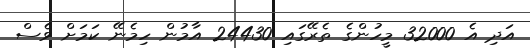
އަދި އެ 32000 މީހުންގެ ތެރޭގައި 24430 އާމުން ހިމެނޭ ކަމަށް ވެސް